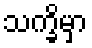
သက္ခိမှာ